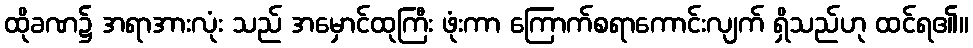
ထိုခဏ၌ အရာအားလုံး သည် အမှောင်ထုကြီး ဖုံးကာ ကြောက်စရာကောင်းလျက် ရှိသည်ဟု ထင်ရ၏။